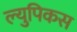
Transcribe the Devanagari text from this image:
ल्युपिकस